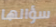
سؤالها